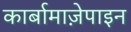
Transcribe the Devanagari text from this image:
कार्बामाज़ेपाइन